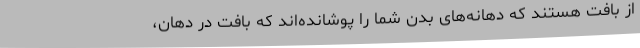
از بافت هستند که دهانه‌های بدن شما را پوشانده‌اند که بافت در دهان،